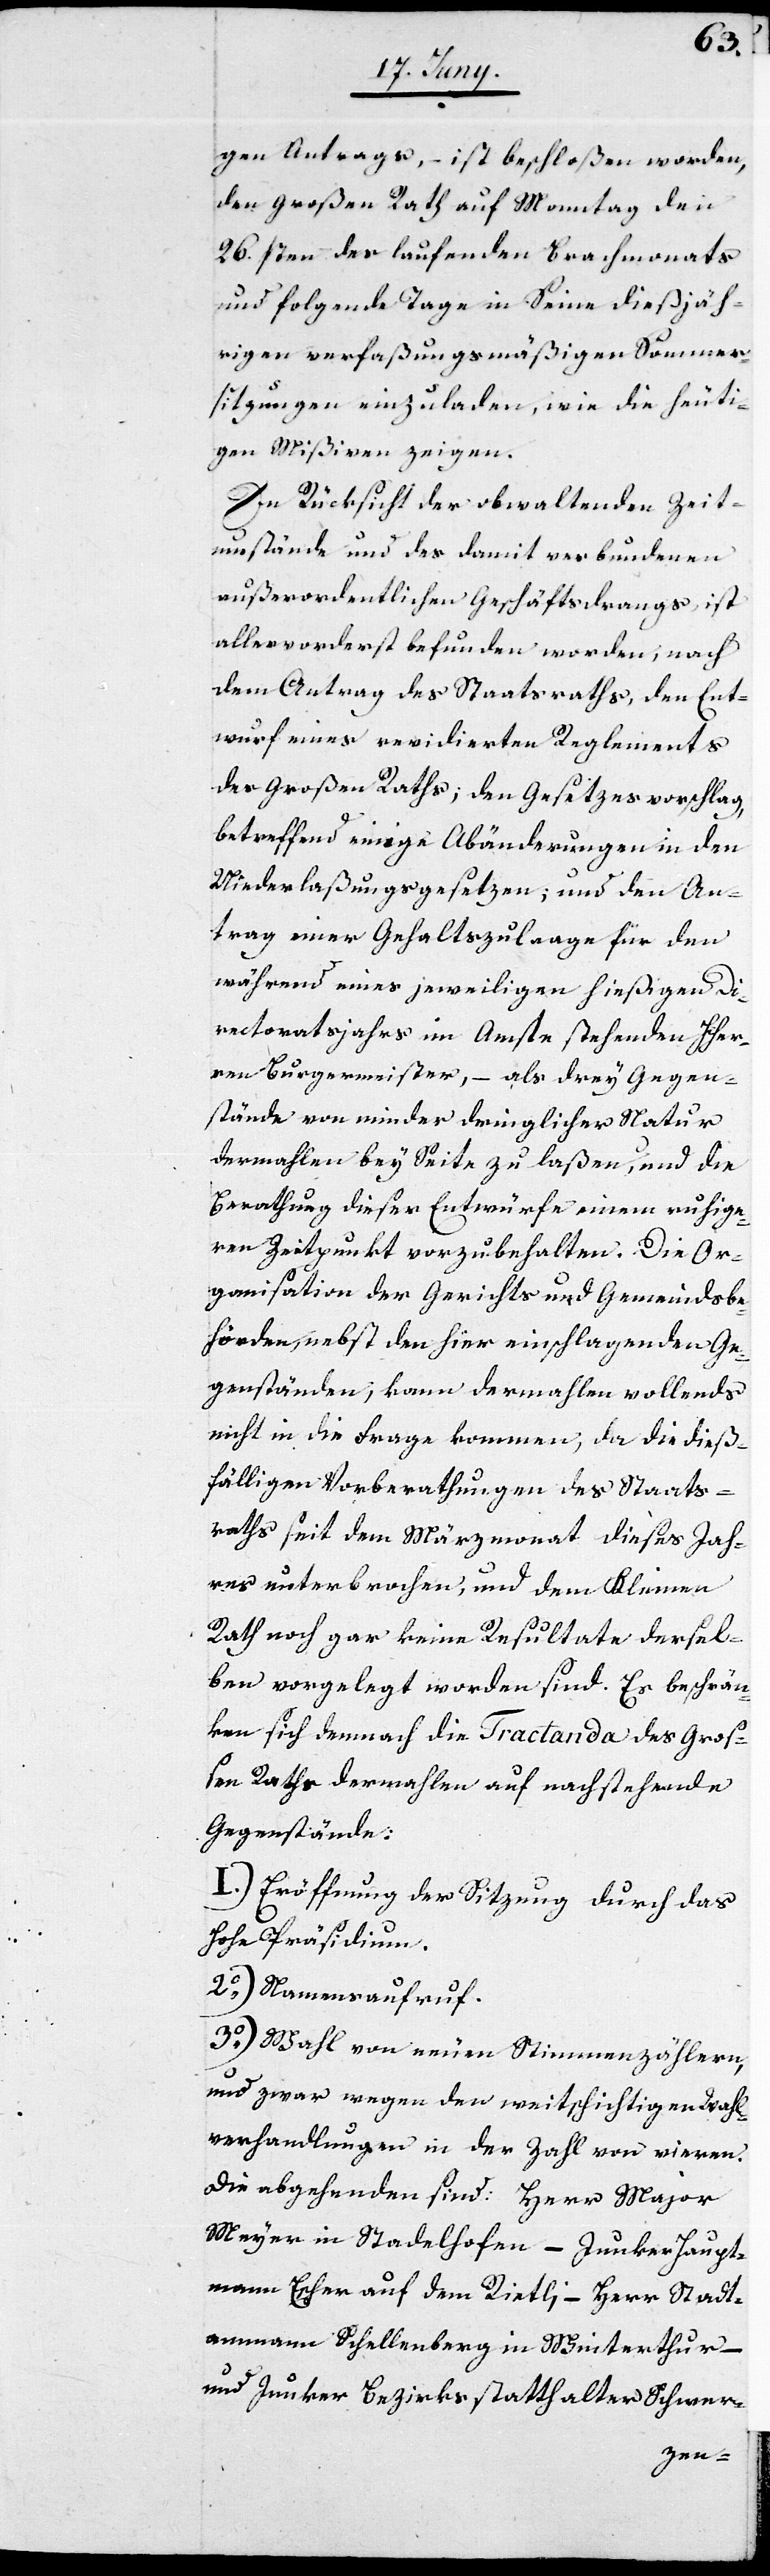
gen Antrags, – ist beschloßen worden,
den Großen Rath auf Monntag den
26.sten des laufenden Brachmonats
und folgende Tage in Seine dießjäh¬
rigen verfaßungsmäßigen Sommer¬
sitzungen einzuladen, wie die heuti¬
gen Mißiven zeigen.
In Rücksicht der obwaltenden Zeit¬
umstände und des damit verbundenen
außerordentlichen Geschäftsdrangs, ist
allervorderst befunden worden, nach
dem Antrag des Staatsraths, den Ent¬
wurf eines revidierten Reglements
des Großen Raths; den Gesetzesvorschlag,
betreffend einige Abänderungen in den
Niederlaßungsgesetzen; und den An¬
trag einer Gehaltszulaage für den
während eines jeweiligen hießigen Di¬
rectoratsjahrs im Amts stehenden HHer¬
ren Burgermeister, – als drey Gegen¬
stände von minder dringlicher Natur
dermahlen bey Seite zu laßen, und die
Berathung dieser Entwürfe einem ruhige¬
ren Zeitpunkt vorzubehalten. Die Or¬
ganisation der Gerichts[-] und Gemeindsbe¬
hörden, nebst den hier einschlagenden Ge¬
genständen; kann dermahlen vollends
nicht in die Frage kommen; da die dieß¬
fälligen Vorberathungen des Staats¬
raths seit dem Märzmonat dieses Jah¬
res unterbrochen, und dem Kleinen
Rath noch gar keine Resultate dersel¬
ben vorgelegt worden sind. Es beschrän¬
ken sich demnach die Tractanda des Groß¬
en Raths dermahlen auf nachstehende
Gegenstände:
1o) Eröffnung der Sitzung durch das
Hohe Präsidium.
2o) Namensaufruf.
3o) Wahl von neuen Stimmenzählern,
und zwar wegen den weitschichtigen Wahl¬
verhandlungen in der Zahl von vieren.
Die abgehenden sind: Herr Major
Meyer in Stadelhofen – Junker Haupt¬
mann Escher auf dem Rietli – Herr Stadt¬
ammann Schellenberg in Winterthur –
und Junker Bezirksstatthalter Schwer-